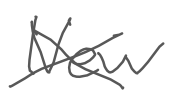
Text: New
Cross-out: cross
Writing tool: digital_gray